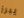
يبرز